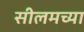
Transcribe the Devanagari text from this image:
सीलमच्या